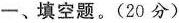
一、填空题。(20分)